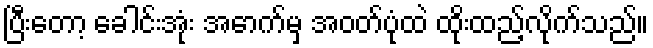
ပြီးတော့ ခေါင်းအုံး အောက်မှ အဝတ်ပုံထဲ ထိုးထည့်လိုက်သည်။